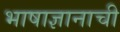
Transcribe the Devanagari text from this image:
भाषाज्ञानाची